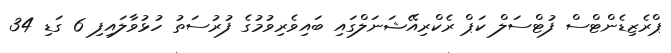
ޕްރެޒިޑެންޓްސް ފުޓްސަލް ކަޕް ރެކްރިއޭޝަނަލްގައި ބައިވެރިވުމުގެ ފުރުސަތު ހުޅުވާލައިފި 6 ގަޑި 34